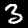
Digit: 3